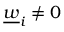
\underline { w } _ { i } \neq 0